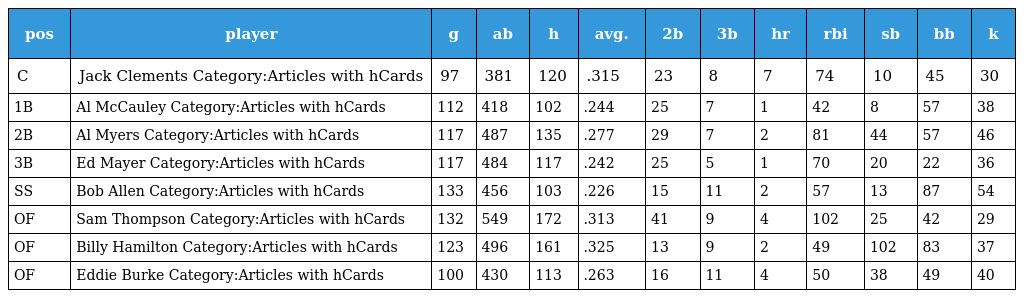
| pos | player | g | ab | h | avg. | 2b | 3b | hr | rbi | sb | bb | k |
 | --- | --- | --- | --- | --- | --- | --- | --- | --- | --- | --- | --- | --- |
 | C | Jack Clements Category:Articles with hCards | 97 | 381 | 120 | .315 | 23 | 8 | 7 | 74 | 10 | 45 | 30 |
 | 1B | Al McCauley Category:Articles with hCards | 112 | 418 | 102 | .244 | 25 | 7 | 1 | 42 | 8 | 57 | 38 |
 | 2B | Al Myers Category:Articles with hCards | 117 | 487 | 135 | .277 | 29 | 7 | 2 | 81 | 44 | 57 | 46 |
 | 3B | Ed Mayer Category:Articles with hCards | 117 | 484 | 117 | .242 | 25 | 5 | 1 | 70 | 20 | 22 | 36 |
 | SS | Bob Allen Category:Articles with hCards | 133 | 456 | 103 | .226 | 15 | 11 | 2 | 57 | 13 | 87 | 54 |
 | OF | Sam Thompson Category:Articles with hCards | 132 | 549 | 172 | .313 | 41 | 9 | 4 | 102 | 25 | 42 | 29 |
 | OF | Billy Hamilton Category:Articles with hCards | 123 | 496 | 161 | .325 | 13 | 9 | 2 | 49 | 102 | 83 | 37 |
 | OF | Eddie Burke Category:Articles with hCards | 100 | 430 | 113 | .263 | 16 | 11 | 4 | 50 | 38 | 49 | 40 |